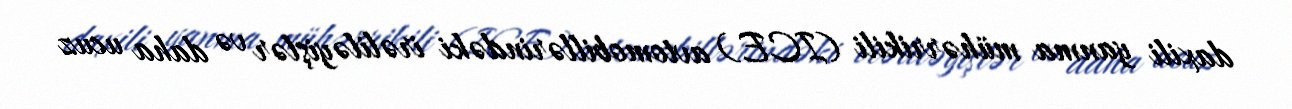
daxili yanma mühərrikili (ICE) avtomobillərindəki irəliləyişlər və daha ucuz